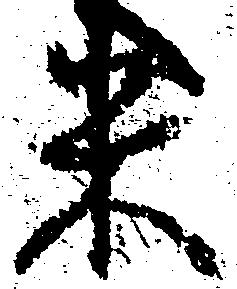
米